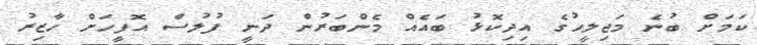
ކަމަށް ބުނެ މަޖިލީހުގެ އިދިކޮޅު ބައެއް މެންބަރުން ދަނީ ފުލުސް އޮފީހަށް ހާޒިރު